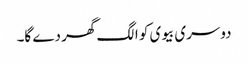
دوسری بیوی کو الگ گھر دے گا۔